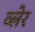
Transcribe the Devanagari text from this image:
व्‍लेर